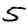
Digit: 5